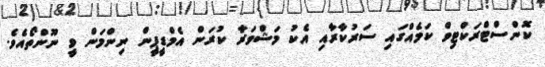
ކޮންސްޓްރަކްޓިވް ކަމެއްގައި ސަރުކާރާއި އެކު މަޝްވަރާ ކުރަން އެމްޑީޕީން ނިންމަން ވީ ނޫންތޯއެވެ.